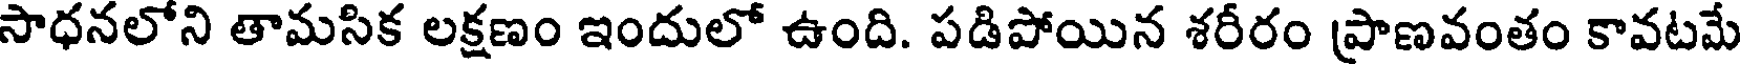
సాధనలోని తామసిక లక్షణం ఇందులో ఉంది. పడిపోయిన శరీరం ప్రాణవంతం కావటమే